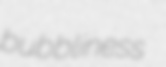
bubbliness